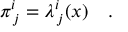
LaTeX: \pi _ { \, j } ^ { i } = \lambda _ { \, j } ^ { i } ( x ) ~ ~ ~ .